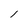
Character: 1